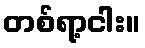
တစ်ရာ့ငါး။